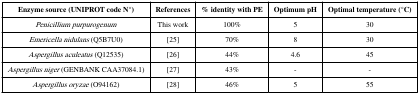
<table><thead><tr><td><b>Enzyme source (UNIPROT code N°)</b></td><td><b>References</b></td><td><b>% identity with PE</b></td><td><b>Optimum pH</b></td><td><b>Optimal temperature (°C)</b></td></tr></thead><tbody><tr><td><i>Penicillium purpurogenum</i></td><td>This work</td><td>100%</td><td>5</td><td>30</td></tr><tr><td><i>Emericella nidulans</i> (Q5B7U0)</td><td>[25]</td><td>70%</td><td>8</td><td>30</td></tr><tr><td><i>Aspergillus aculeatus</i> (Q12535)</td><td>[26]</td><td>44%</td><td>4.6</td><td>45</td></tr><tr><td><i>Aspergillus niger</i> (GENBANK CAA37084.1)</td><td>[27]</td><td>43%</td><td>-</td><td>-</td></tr><tr><td><i>Aspergillus oryzae</i> (O94162)</td><td>[28]</td><td>46%</td><td>5</td><td>55</td></tr></tbody></table>